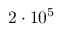
2 \cdot 1 0 ^ { 5 }